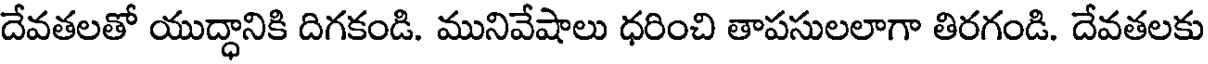
దేవతలతో యుద్ధానికి దిగకండి. మునివేషాలు ధరించి తాపసులలాగా తిరగండి. దేవతలకు